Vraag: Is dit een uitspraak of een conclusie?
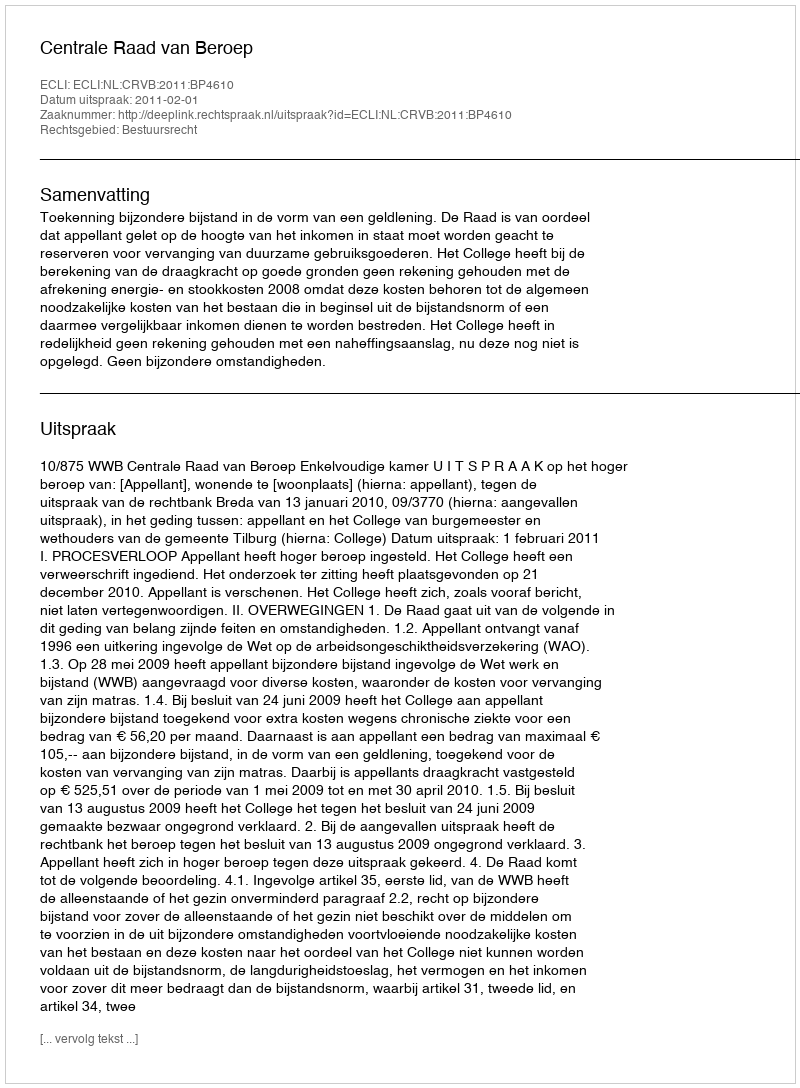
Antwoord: Uitspraak